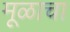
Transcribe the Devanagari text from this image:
मूळाचा